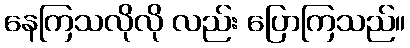
နေကြသလိုလို လည်း ပြောကြသည်။